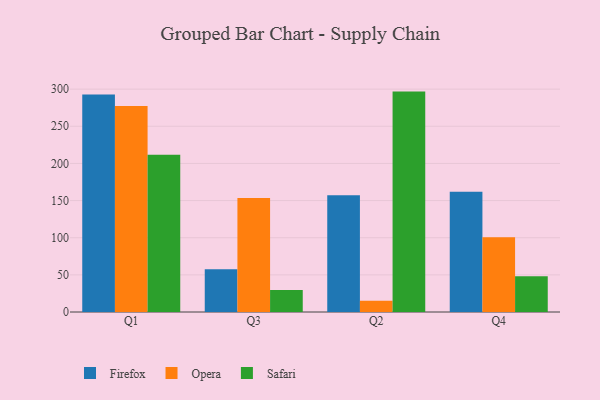
{"axis": {"x": "Quarter", "y": "Inventory Turnover"}, "legend": ["Firefox", "Opera", "Safari"], "data": [{"x": "Q1", "y": 292.9, "type": "Firefox"}, {"x": "Q1", "y": 277.2, "type": "Opera"}, {"x": "Q1", "y": 211.6, "type": "Safari"}, {"x": "Q3", "y": 57.4, "type": "Firefox"}, {"x": "Q3", "y": 153.6, "type": "Opera"}, {"x": "Q3", "y": 29.7, "type": "Safari"}, {"x": "Q2", "y": 157.2, "type": "Firefox"}, {"x": "Q2", "y": 15.1, "type": "Opera"}, {"x": "Q2", "y": 296.7, "type": "Safari"}, {"x": "Q4", "y": 162.0, "type": "Firefox"}, {"x": "Q4", "y": 100.5, "type": "Opera"}, {"x": "Q4", "y": 48.2, "type": "Safari"}]}